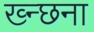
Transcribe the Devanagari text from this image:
ख्न्छना